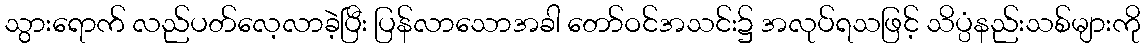
သွားရောက် လည်ပတ်လေ့လာခဲ့ပြီး ပြန်လာသောအခါ တော်ဝင်အသင်း၌ အလုပ်ရသဖြင့် သိပ္ပံနည်းသစ်များကို